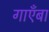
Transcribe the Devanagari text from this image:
गाएँबा